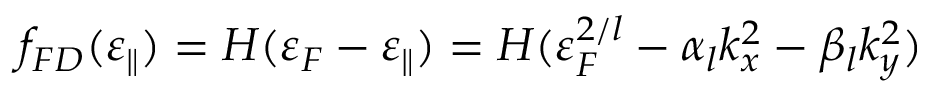
f _ { F D } ( \varepsilon _ { \parallel } ) = H ( \varepsilon _ { F } - \varepsilon _ { \parallel } ) = H ( \varepsilon _ { F } ^ { 2 / l } - \alpha _ { l } k _ { x } ^ { 2 } - \beta _ { l } k _ { y } ^ { 2 } )